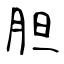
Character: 胆